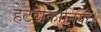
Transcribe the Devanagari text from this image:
हेटरोक्रानिया।